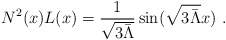
\begin{align*}N^2(x)L(x)=\frac{1}{\sqrt{3\bar\Lambda}}\sin(\sqrt{3\bar\Lambda}x) \ .\end{align*}